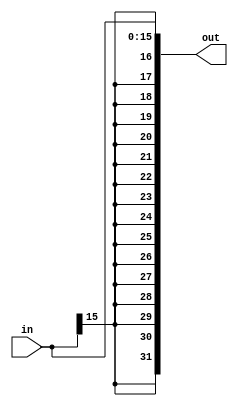
/*
SINGLE CYCLE CPU (KGPRISC)
ASSIGNMENT: 7
GROUP: 32
NAME: Nikhil Nayan Jha (16CS30022)
	   Sarthak Chakraborty (16CS30044)
*/

`timescale 1ns / 1ps
module sign_extend(
    input [15:0] in,
    output [31:0] out
    );

	wire [15:0] a = {16{in[15]}};
	assign out = {a , in};

endmodule